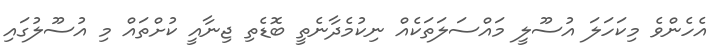
އެހެންވެ މިކަހަލަ އުސޫލީ މައްސަލަތަކެއް ނިކުމެދާނެތީ ބޮޑެތި ޖިނާއީ ކުށްތައް މި އުސޫލުގައި